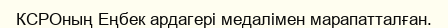
КСРОның Еңбек ардагері медалімен марапатталған.